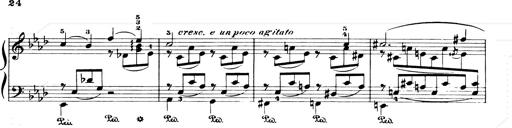
Title: Consolations and LiebestrÃ¤ume for the Piano
Composer: Franz Liszt